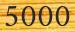
5000